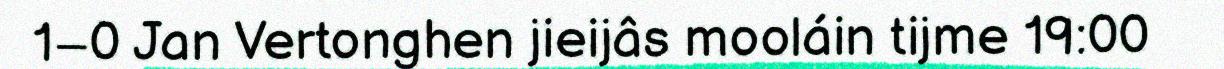
1–0 Jan Vertonghen jieijâs mooláin tijme 19:00